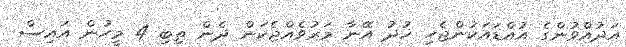
އަދުއްވުންގެ އުއްޑައަކުންޖެހި ޚުދު އޭނާ މަރުވެއްޖެކަން ދެން ތިބި 4 މީހުން އައިސް